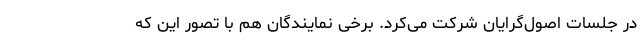
در جلسات اصول‌گرایان شرکت می‌کرد. برخی نمایندگان هم با تصور این که